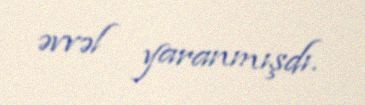
əvvəl yaranmışdı.